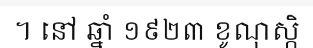
។ នៅ ឆ្នាំ ១៩២៣ ខូណុស្កិ